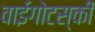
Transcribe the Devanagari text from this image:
वाईगोटस्की